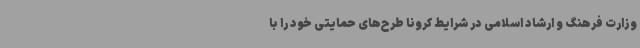
وزارت فرهنگ و ارشاد اسلامی در شرایط کرونا طرح‌های حمایتی خود را با